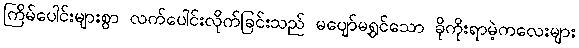
ကြိမ်ပေါင်းများစွာ လက်ပေါင်းလိုက်ခြင်းသည် မပျော်မရွှင်သော ခိုကိုးရာမဲ့ကလေးများ